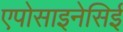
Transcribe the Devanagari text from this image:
एपोसाइनेसिई